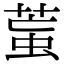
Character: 𦳶